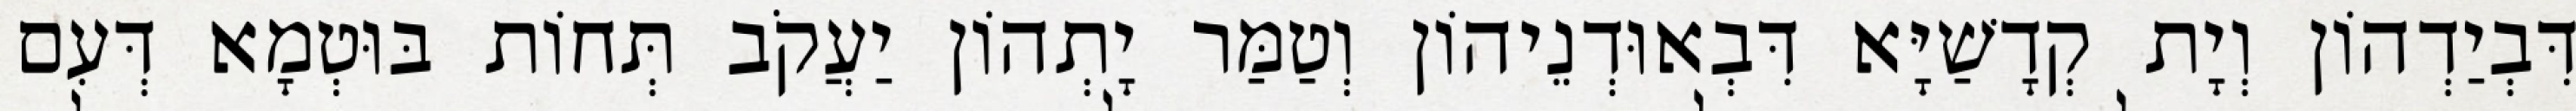
דִּבְיַדְהוֹן וְיָת קְדָשַׁיָּא דִּבְאוּדְנֵיהוֹן וְטַמַּר יָתְהוֹן יַעֲקֹב תְּחוֹת בּוּטְמָא דְּעִם